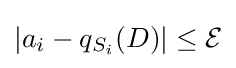
|a_{i}-q_{S_{i}}(D)|\leq {\mathcal {E}}